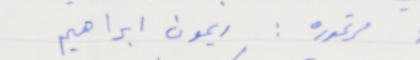
مرتموره: ريمون ابراهيم